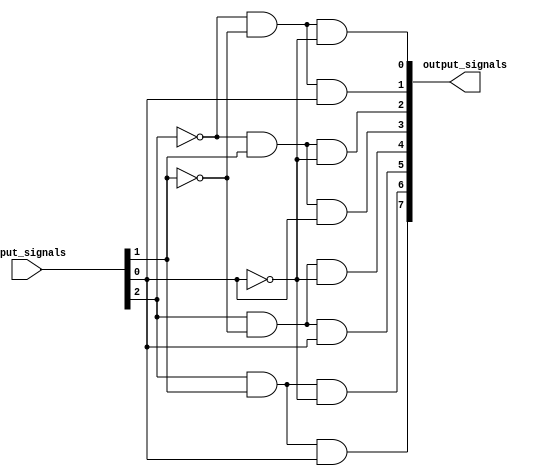
module decoder_3to8(
    input [2:0] input_signals,
    output reg [7:0] output_signals
);

always @(*)
begin
    output_signals[0] = (~input_signals[2] & ~input_signals[1] & ~input_signals[0]);
    output_signals[1] = (~input_signals[2] & ~input_signals[1] & input_signals[0]);
    output_signals[2] = (~input_signals[2] & input_signals[1] & ~input_signals[0]);
    output_signals[3] = (~input_signals[2] & input_signals[1] & input_signals[0]);
    output_signals[4] = (input_signals[2] & ~input_signals[1] & ~input_signals[0]);
    output_signals[5] = (input_signals[2] & ~input_signals[1] & input_signals[0]);
    output_signals[6] = (input_signals[2] & input_signals[1] & ~input_signals[0]);
    output_signals[7] = (input_signals[2] & input_signals[1] & input_signals[0]);
end

endmodule